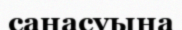
санасуына